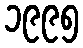
၁၉၉၅